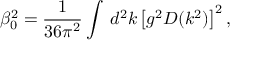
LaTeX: \beta _ { 0 } ^ { 2 } = \frac { 1 } { 3 6 \pi ^ { 2 } } \int _ { } ^ { } \, d ^ { 2 } k \left[ g ^ { 2 } D ( k ^ { 2 } ) \right] ^ { 2 } ,